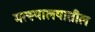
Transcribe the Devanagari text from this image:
मत्स्यालयातील